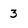
Character: 3